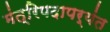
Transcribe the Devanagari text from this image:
मंत्रिपदापर्यंत